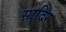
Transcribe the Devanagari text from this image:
सादिर